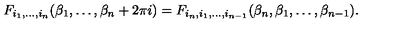
F _ { i _ { 1 } , \dots , i _ { n } } ( \beta _ { 1 } , \dots , \beta _ { n } + 2 \pi i ) = F _ { i _ { n } , i _ { 1 } , \dots , i _ { n - 1 } } ( \beta _ { n } , \beta _ { 1 } , \dots , \beta _ { n - 1 } ) .